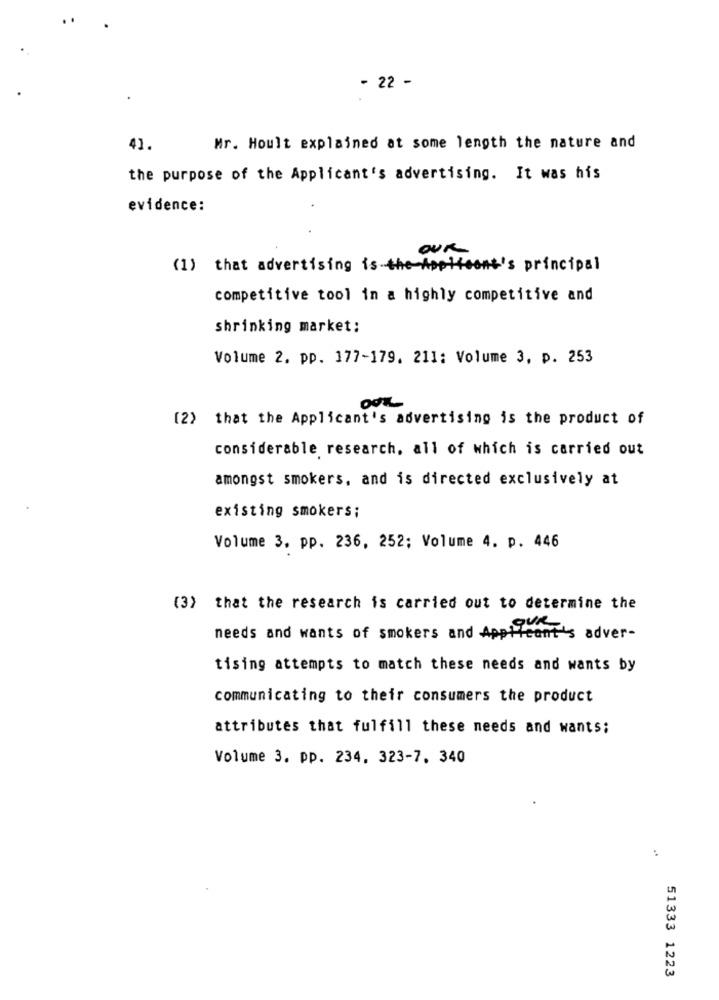
- 22 -
41.
Mr. Hoult explained at some length the nature and
the purpose of the Applicant's advertising. It was his
evidence:
OUR
(1) that advertising is the Appleone's principal
competitive tool in a highly competitive and
shrinking market:
Volume 2. pp. 177-179. 211: Volume 3, p. 253
(2) that the Applicant's advertising is the product of
considerable research, all of which is carried out
amongst smokers, and is directed exclusively at
existing smokers;
Volume 3. pp. 236, 252; Volume 4. p. 446
(3) that the research is carried out to determine the
needs and wants of smokers and Applied
Heant's adver-
tising attempts to match these needs and wants by
communicating to their consumers the product
attributes that fulfill these needs and wants;
Volume 3. pp. 234. 323-7. 340
51333 1223